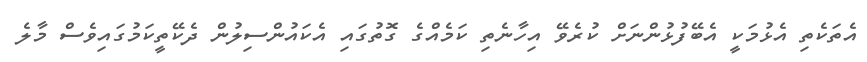
އެތަކެތި އެޅުމަކީ އެބޭފުޅުންނަށް ކުރެވޭ އިހާނެތި ކަމެއްގެ ގޮތުގައި އެކައުންސިލުން ދެކޭތީކަމުގައިވެސް މާލެ